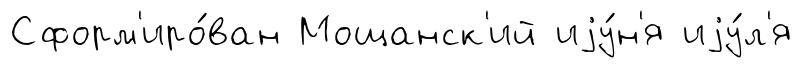
Сформ'иро́ван Мощанск'ий иjу́н'я иjу́л'я